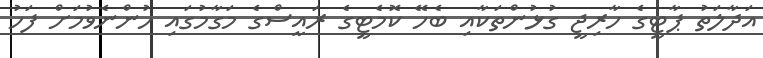
އަދާލަތު ޕާޓީގެ ހާރިޖީ ގުޅުންތަކާއި ބެހޭ ކޮމެޓީގެ ރައީސްގެ މަގާމުގައި ހުންނެވުމަށް ފަހު